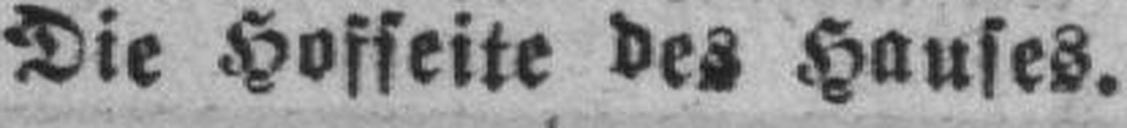
Die Hofseite des Hauses.